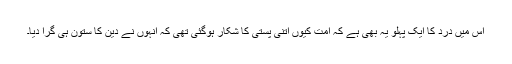
اس میں درد کا ایک پہلو یہ بھی ہے کہ امت کیوں اتنی پستی کا شکار ہوگئی تھی کہ انہوں نے دین کا ستون ہی گرا دیا۔